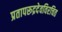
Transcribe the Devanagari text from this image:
प्रतापरूद्रदेवविरचित